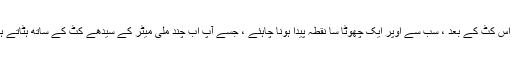
9. اس کٹ کے بعد ، سب سے اوپر ایک چھوٹا سا نقطہ پیدا ہونا چاہئے ، جسے آپ اب چند ملی میٹر کے سیدھے کٹ کے ساتھ ہٹاتے ہیں۔